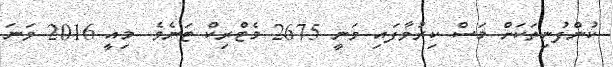
ކުންފުނިތަކަށް މަސް ކިރުވާފައި ވަނީ 2675 މެޓްރިކް ޓަނެވެ. މިއީ 2016 ވަނަ